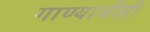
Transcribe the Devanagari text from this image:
गाण्याचीही